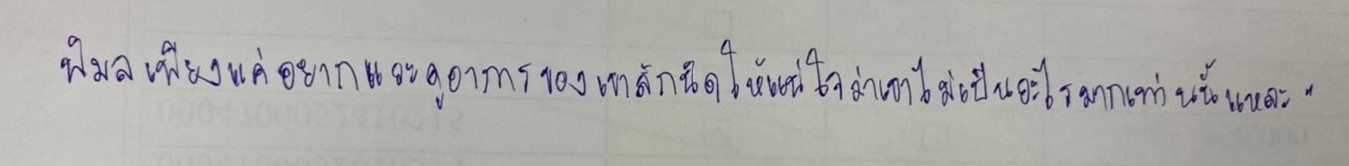
พิมลเพียงแค่อยากแวะดูอาการของเขาสักนิดให้แน่ใจว่าเขาไม่เป็นอะไรมากเท่านั้นแหละ"